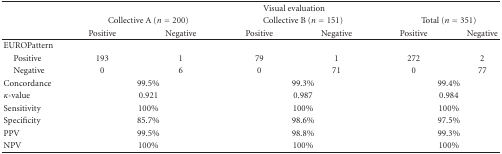
<table><thead><tr><td><b> </b></td><td colspan="6"><b>Visual evaluation</b></td></tr><tr><td><b> </b></td><td colspan="2"><b>Collective A (<i>n</i> = 200)</b></td><td colspan="2"><b>Collective B (<i>n</i> = 151)</b></td><td colspan="2"><b>Total (<i>n</i> = 351)</b></td></tr><tr><td><b> </b></td><td><b>Positive</b></td><td><b>Negative</b></td><td><b>Positive</b></td><td><b>Negative</b></td><td><b>Positive</b></td><td><b>Negative</b></td></tr></thead><tbody><tr><td>EUROPattern</td><td> </td><td> </td><td> </td><td> </td><td> </td><td> </td></tr><tr><td> Positive</td><td>193</td><td>1</td><td>79</td><td>1</td><td>272</td><td>2</td></tr><tr><td> Negative</td><td>0</td><td>6</td><td>0</td><td>71</td><td>0</td><td>77</td></tr><tr><td>Concordance</td><td colspan="2">99.5%</td><td colspan="2">99.3%</td><td colspan="2">99.4%</td></tr><tr><td><i>κ</i>-value</td><td colspan="2">0.921</td><td colspan="2">0.987</td><td colspan="2">0.984</td></tr><tr><td>Sensitivity</td><td colspan="2">100%</td><td colspan="2">100%</td><td colspan="2">100%</td></tr><tr><td>Specificity</td><td colspan="2">85.7%</td><td colspan="2">98.6%</td><td colspan="2">97.5%</td></tr><tr><td>PPV</td><td colspan="2">99.5%</td><td colspan="2">98.8%</td><td colspan="2">99.3%</td></tr><tr><td>NPV</td><td colspan="2">100%</td><td colspan="2">100%</td><td colspan="2">100%</td></tr></tbody></table>